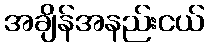
အချိန်အနည်းငယ်